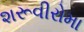
શરૂવીરોમા